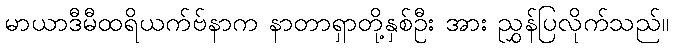
မာယာဒီမီထရိယက်ဗ်နာက နာတာရှာတို့နှစ်ဦး အား ညွှန်ပြလိုက်သည်။